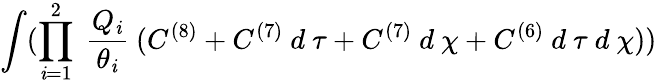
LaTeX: \int(\prod_{\mathit{i}=1}^{2}~\frac{{Q_{\mathit{i}}}}{{\theta_{\mathit{i}}}}~(C^{(8)}+C^{(7)}~d~\tau+C^{(7)}~d~\chi+C^{(6)}~d~\tau~d~\chi))